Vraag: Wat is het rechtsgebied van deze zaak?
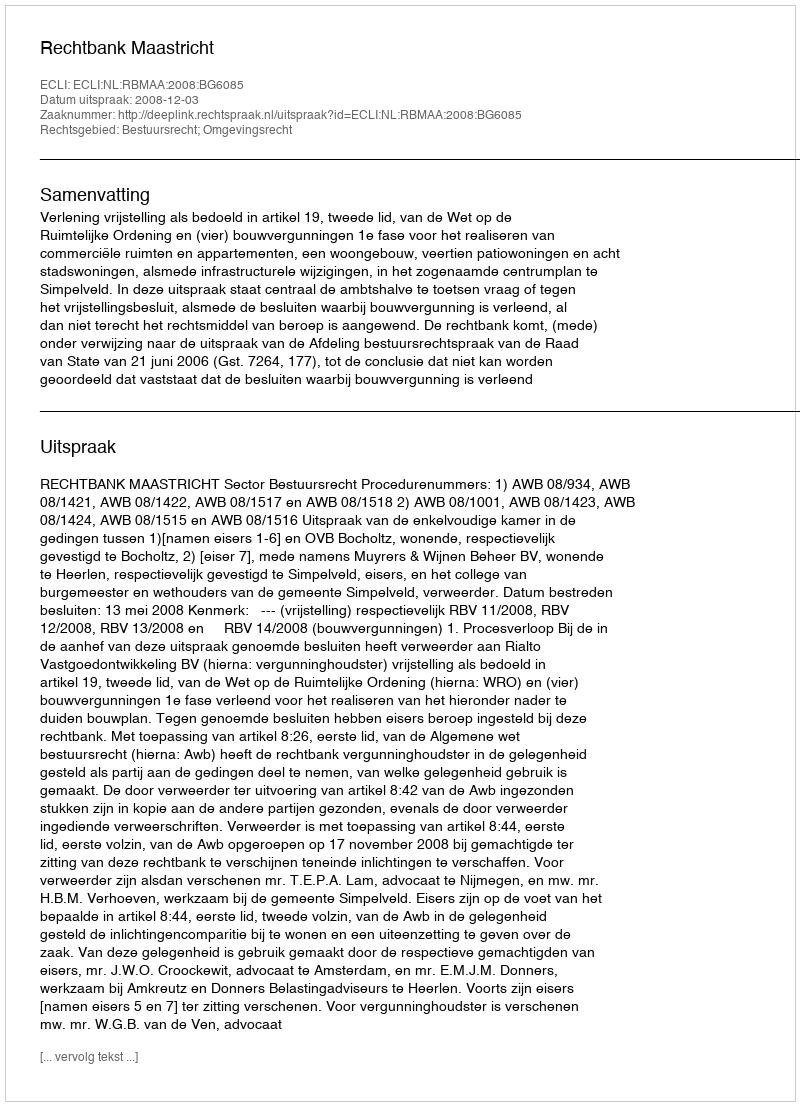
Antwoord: Bestuursrecht; Omgevingsrecht